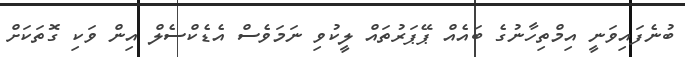
ބުނެފައިވަނީ އިމްތިހާނުގެ ބައެއް ޕޭޕަރުތައް ލީކުވި ނަމަވެސް އެޑެކްސެލް އިން ވަކި ގޮތަކަށް